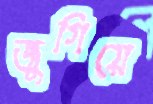
জুগিয়ে